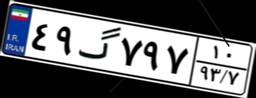
۴۹گ۷۹۷۱۰